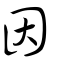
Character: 因